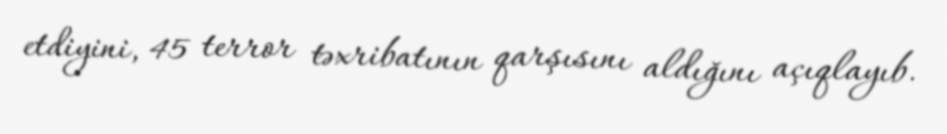
etdiyini, 45 terror təxribatının qarşısını aldığını açıqlayıb.